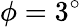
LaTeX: \phi=3^{\circ}